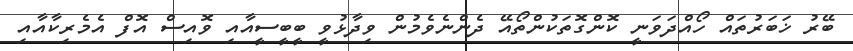
ބޭރު ޚަބަރުތައް ހޯއްދަވަނީ ކޮންގޮތަކުންތޯއޭ ދެންނެވެމުން ވިދާޅުވީ ބީބީސީއާއި ވޮއިސް އޮފް އެމެރިކާއާއި